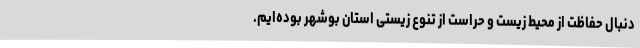
دنبال حفاظت از محیط زیست و حراست از تنوع زیستی استان بوشهر بوده‌ایم.